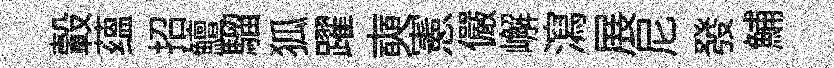
轂蕴招鱣騮狐躍奭憲儼嶰瀉展尼發鯆